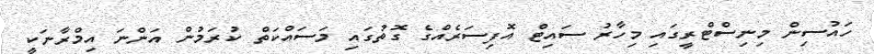
ހައުސިން މިނިސްޓްރީގައި މިހާރު ސައިޓް އޮފިސަރެއްގެ ގޮތުގައި މަސައްކަތް ކުރަމުން އަންނަ އިމްރާނަކީ